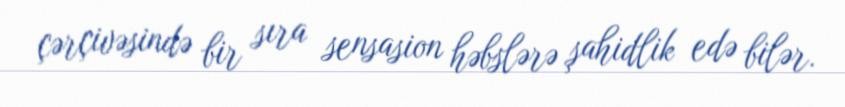
çərçivəsində bir sıra sensasion həbslərə şahidlik edə bilər.